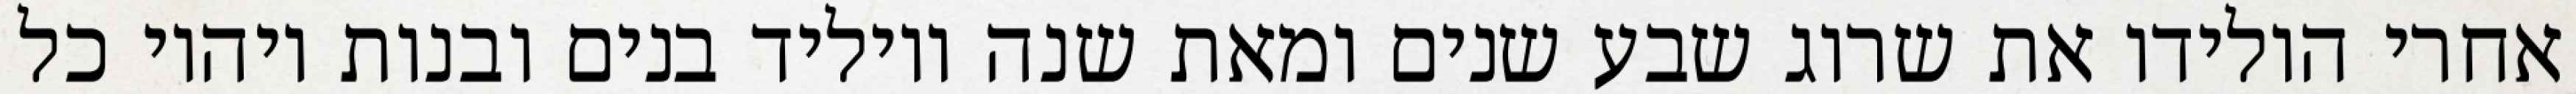
אחרי הולידו את שרוג שבע שנים ומאת שנה ויוליד בנים ובנות ויהיו כל